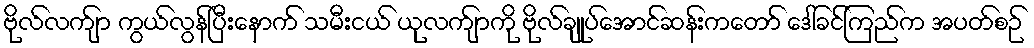
ဗိုလ်လက်ျာ ကွယ်လွန်ပြီးနောက် သမီးငယ် ယုလက်ျာကို ဗိုလ်ချုပ်အောင်ဆန်းကတော် ဒေါ်ခင်ကြည်က အပတ်စဉ်